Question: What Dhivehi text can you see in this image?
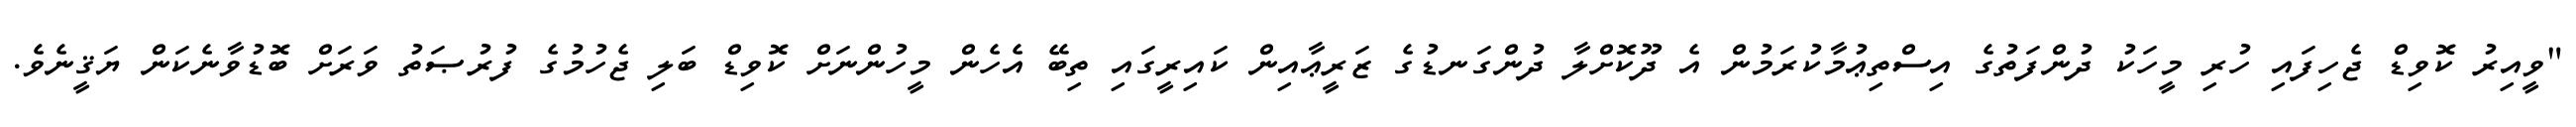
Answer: "ވީއިރު ކޮވިޑް ޖެހިފައި ހުރި މީހަކު ދުންފަތުގެ އިސްތިޢުމާކުރަމުން އެ ދޫކޮށްލާ ދުންގަނޑުގެ ޒަރީޢާއިން ކައިރީގައި ތިބޭ އެހެން މީހުންނަށް ކޮވިޑް ބަލި ޖެހުމުގެ ފުރުޞަތު ވަރަށް ބޮޑުވާނެކަން ޔަޤީނެވެ.